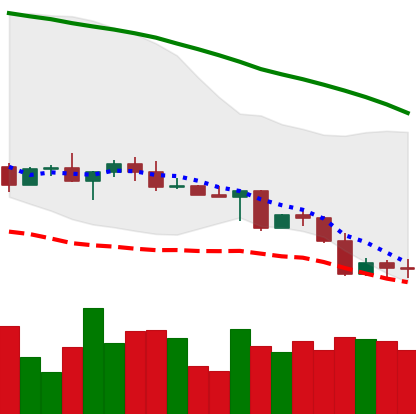
Ticker: LINK-USD
Chart end date: 2022-05-03
Forward return: -10.173%
Label: down_7plus